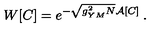
W [ C ] = e ^ { - \sqrt { { g _ { Y M } ^ { 2 } N } } \mathcal { A } [ C ] } \: .